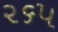
૨૬૫